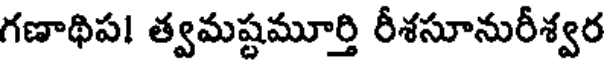
గణాథిప! త్వమష్టమూర్తి రీశసూనురీశ్వర